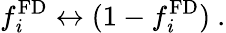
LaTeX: f_{\mathit{i}}^{\mathrm{{FD}}}\leftrightarrow(1-f_{\mathit{i}}^{\mathrm{{FD}}})~.